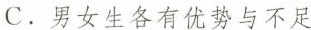
C.男女生各有优势与不足